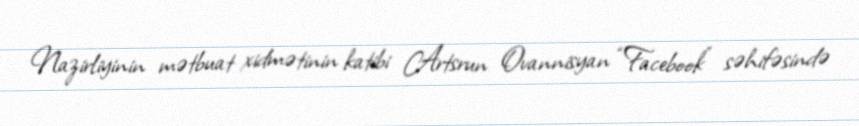
Nazirliyinin mətbuat xidmətinin katibi Artsrun Ovannisyan “Facebook” səhifəsində